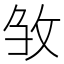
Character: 𭣦